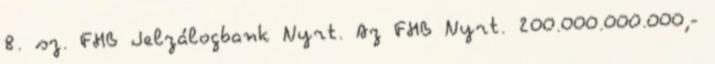
8. sz. FHB Jelzálogbank Nyrt. Az FHB Nyrt. 200.000.000.000,-